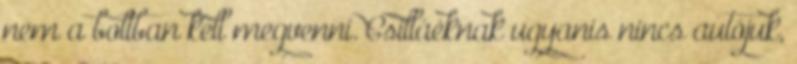
nem a boltban kell megvenni. Csilláéknak ugyanis nincs autójuk,